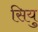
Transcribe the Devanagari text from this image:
सियु